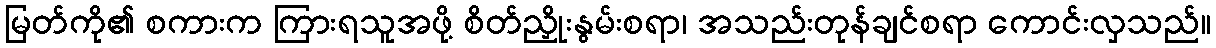
မြတ်ကို၏ စကားက ကြားရသူအဖို့ စိတ်ညှိုးနွမ်းစရာ၊ အသည်းတုန်ချင်စရာ ကောင်းလှသည်။